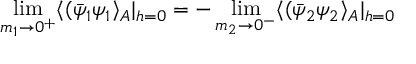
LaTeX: \operatorname * { l i m } _ { m _ { 1 } \rightarrow 0 ^ { + } } \langle ( \bar { \psi } _ { 1 } \psi _ { 1 } \rangle _ { A } | _ { h = 0 } = - \operatorname * { l i m } _ { m _ { 2 } \rightarrow 0 ^ { - } } \langle ( \bar { \psi } _ { 2 } \psi _ { 2 } \rangle _ { A } | _ { h = 0 }